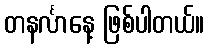
တနင်္လာနေ့ ဖြစ်ပါတယ်။